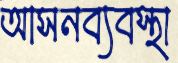
আসনব্যবস্থা